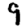
Digit: 9